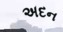
અદન